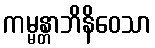
ကမ္မန္တာဘိနိဝေသာ